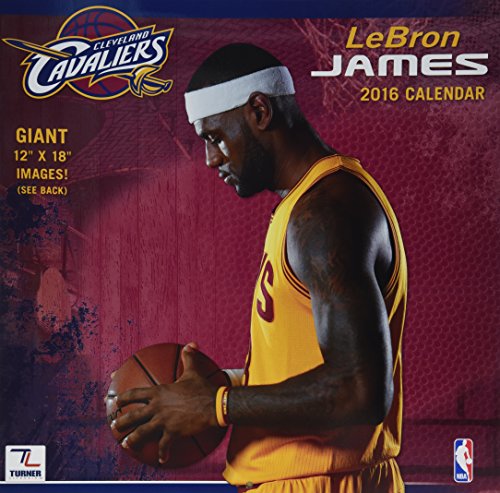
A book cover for Cleveland Cavaliers Lebron James 2016 Calendar; Sports & Outdoors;